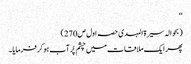
‘‘
(بحوالہ سیرۃ المہدی حصہ اول ص270)
پھر ایک ملاقات میں چشم پُر آب ہو کر فرمایا۔